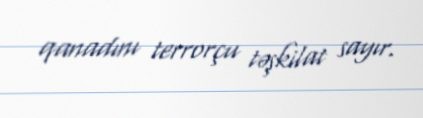
qanadını terrorçu təşkilat sayır.